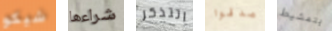
شيكو شراءها اتتذكر صدقوا بتمشيط